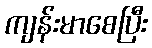
ကျန်းမာစေပြီး